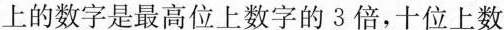
上的数字是最高位上数字的3倍，十位上数